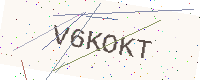
Text: V6KOKT